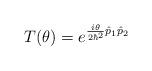
LaTeX: \begin{align*}T(\theta)=e^{\frac{i\theta}{2\hbar^2}\hat{p}_1\hat{p}_2}\end{align*}